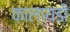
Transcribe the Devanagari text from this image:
कालायडी